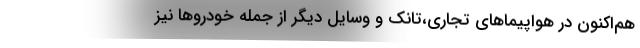
هم‌اکنون در هواپیماهای تجاری،تانک و وسایل دیگر از جمله خودروها نیز